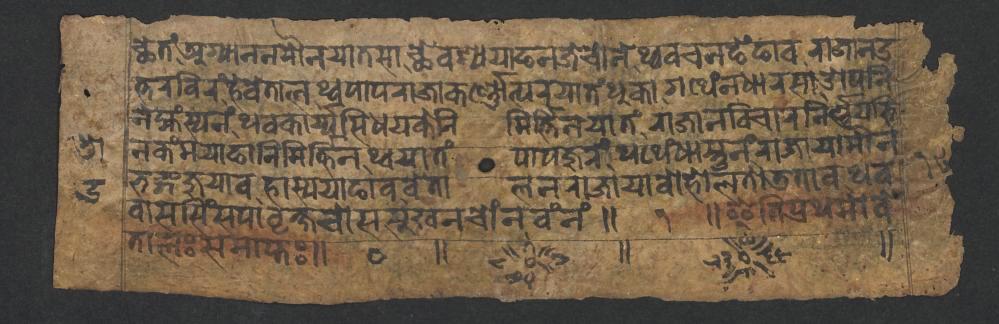
𑐕𑐾𑐟𑑄𑐀𑐐𑑂𑐫𑐵𑐣𑐣𑐩𑑁𑐣𑐫𑐵𑐟𑐳𑐵𑐕𑐾𑐰𑐱𑑂𑐫𑐫𑐵𑐒𑐣𑐖𑐾𑐔𑑀𑐣𑐾𑐠𑑂𑐰𑐰𑐔𑐣𑐒𑐾𑑄𑐒𑐵𑐰𑐬𑐵𑐖𑐵𑐣𑐄 𑐟𑑂𑐟𑐬𑐧𑐶𑐬𑑄𑐴𑐾𑐰𑐾𑐟𑐵𑐮𑐠𑑂𑐰𑐥𑐵𑐥𑐬𑐵𑐖𑐵𑐎𑐬𑑂𑐞𑑂𑐞𑑀𑐟𑑂𑐥𑐬𑐫𑐵𑐟𑑄𑐐𑐠𑐾𑑄𑐣𑐢𑐵𑐬𑐳𑐵𑐌𑐥𑐣𑐶 𑐣𑐾𑐩𑑂𑐴𑑄𑐳𑑂𑐫𑐣𑑄𑐠𑐰𑐎𑐵𑐬𑑂𑐫𑑂𑐫𑐳𑐶𑐡𑑂𑐢𑐫𑐎𑐾𑐣𑐶𑐩𑐶𑐬𑑂𑐟𑑂𑐟𑐶𑐣𑐫𑐵𑐟𑑄𑐬𑐵𑐖𑐵𑐣𑐰𑐶𑐔𑐵𑐬𑐣𑐶𑐬𑑂𑐞𑑂𑐞𑐫𑐨𑐶 𑐣𑐎𑑄𑐩𑐫𑐵𑐒𑐵𑐣𑐶𑐩𑐶𑐬𑑂𑐟𑑂𑐟𑐶𑐣𑐠𑑂𑐰𑐫𑐵𑐟𑑄𑐥𑐵𑐥𑐖𑐸𑐬𑑄𑐠𑐠𑐾𑑄𑐢𑐵𑐳𑑂𑐟𑐸𑐣𑑄𑐬𑐵𑐖𑐵𑐫𑐵𑐩𑑁𑐣 𑐨𑐒𑑂𑐐𑐖𑐸𑐫𑐵𑐰𑐴𑐵𑐳𑑂𑐫𑐫𑐵𑐒𑐵𑐰𑐰𑐾𑐟𑐵𑐮𑐣𑐬𑐵𑐖𑐵𑐫𑐵𑐧𑑀𑐴𑑀𑐮𑐟𑑀𑐜𑐟𑐵𑐰𑐠𑐰 𑐰𑐵𑐳𑐳𑐶𑑄𑐳𑐥𑐵𑐰𑐺𑐎𑑂𑐲𑐔𑑀𑐳𑐳𑐸𑐏𑐣𑐔𑑀𑑄𑐣𑐰𑑄𑐣𑑄𑑌𑑑𑑌𑐂𑐟𑐶𑐥𑑂𑐬𑐠𑐩𑑀𑐰𑐾 𑐟𑐵𑐮𑑅𑐳𑐩𑐵𑐥𑑂𑐟𑑅𑑌𑑐𑑌~𑑌